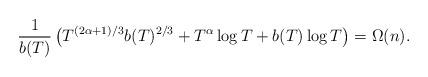
LaTeX: \begin{align*}\frac{1}{b(T)}\left(T^{(2\alpha+1)/3}b(T)^{2/3}+ T^\alpha\log T+b(T)\log T\right)=\Omega(n).\end{align*}